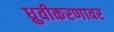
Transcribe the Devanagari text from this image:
ध्रुवीकरणावर